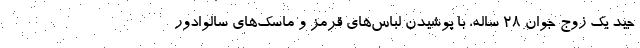
جید یک زوج جوان ۲۸ ساله، با پوشیدن لباس‌های قرمز و ماسک‌های سالوادور